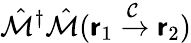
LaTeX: \hat{\mathcal{M}}^{\dagger}\hat{\mathcal{M}}(\boldsymbol{\mathsf{r}}_{1}\xrightarrow{\mathcal{C}}\boldsymbol{\mathsf{r}}_{2})